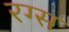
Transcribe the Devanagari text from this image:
रग्स